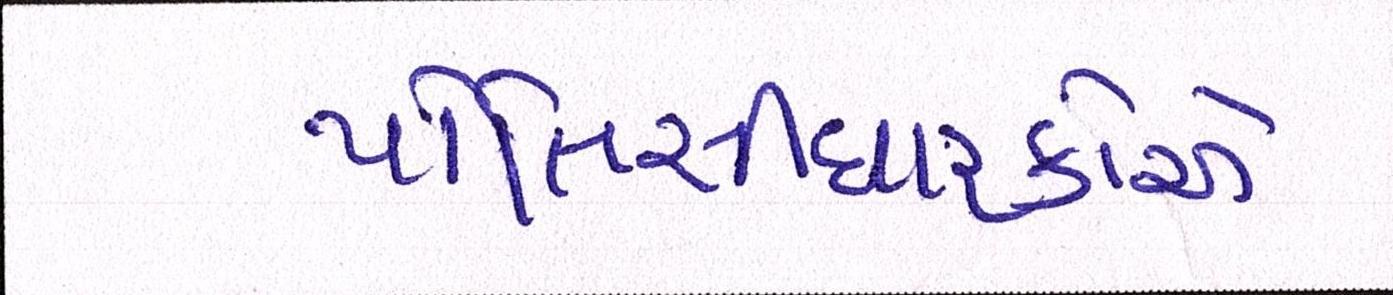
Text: પોલિસીધારકોએ